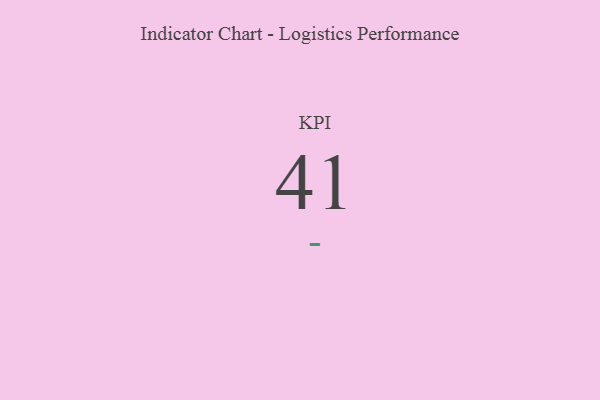
{"axis": {"x": "KPI", "y": "Value"}, "legend": [""], "data": [{"x": "KPI", "y": 41, "type": ""}]}